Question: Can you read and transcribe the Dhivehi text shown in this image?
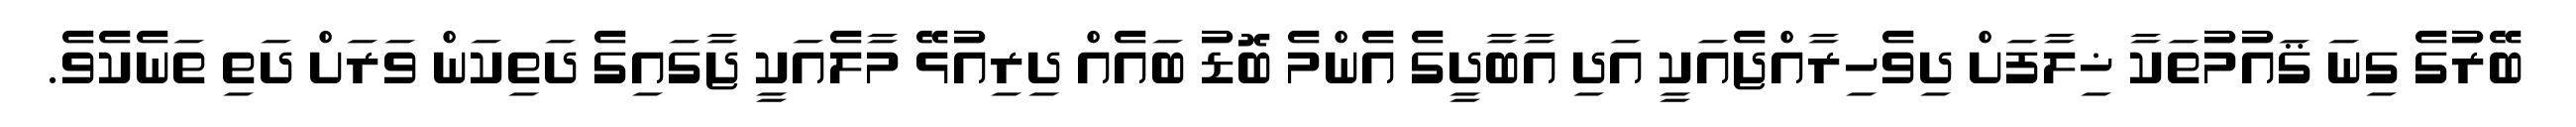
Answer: ބޭރުގެ ގިނަ ޤައުމުތަކާ ޚިލާފަށް ދިވެހިރާއްޖެއަކީ އަދި އާބާދީގެ އެންމެ ބޮޑު ބައެއް ދިރިއުޅޭ މާލެއަކީ ޖާގައިގެ ދަތިކަން ވަރަށް ދަތި ތަނެކެވެ.